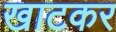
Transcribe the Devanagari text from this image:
खाटकर